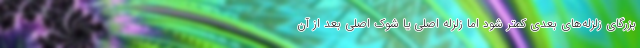
بزرگای زلزله‌های بعدی کمتر شود اما زلزله اصلی یا شوک اصلی بعد از آن